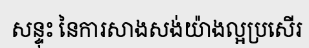
សន្ទុះ នៃការសាងសង់យ៉ាងល្អប្រសើរ